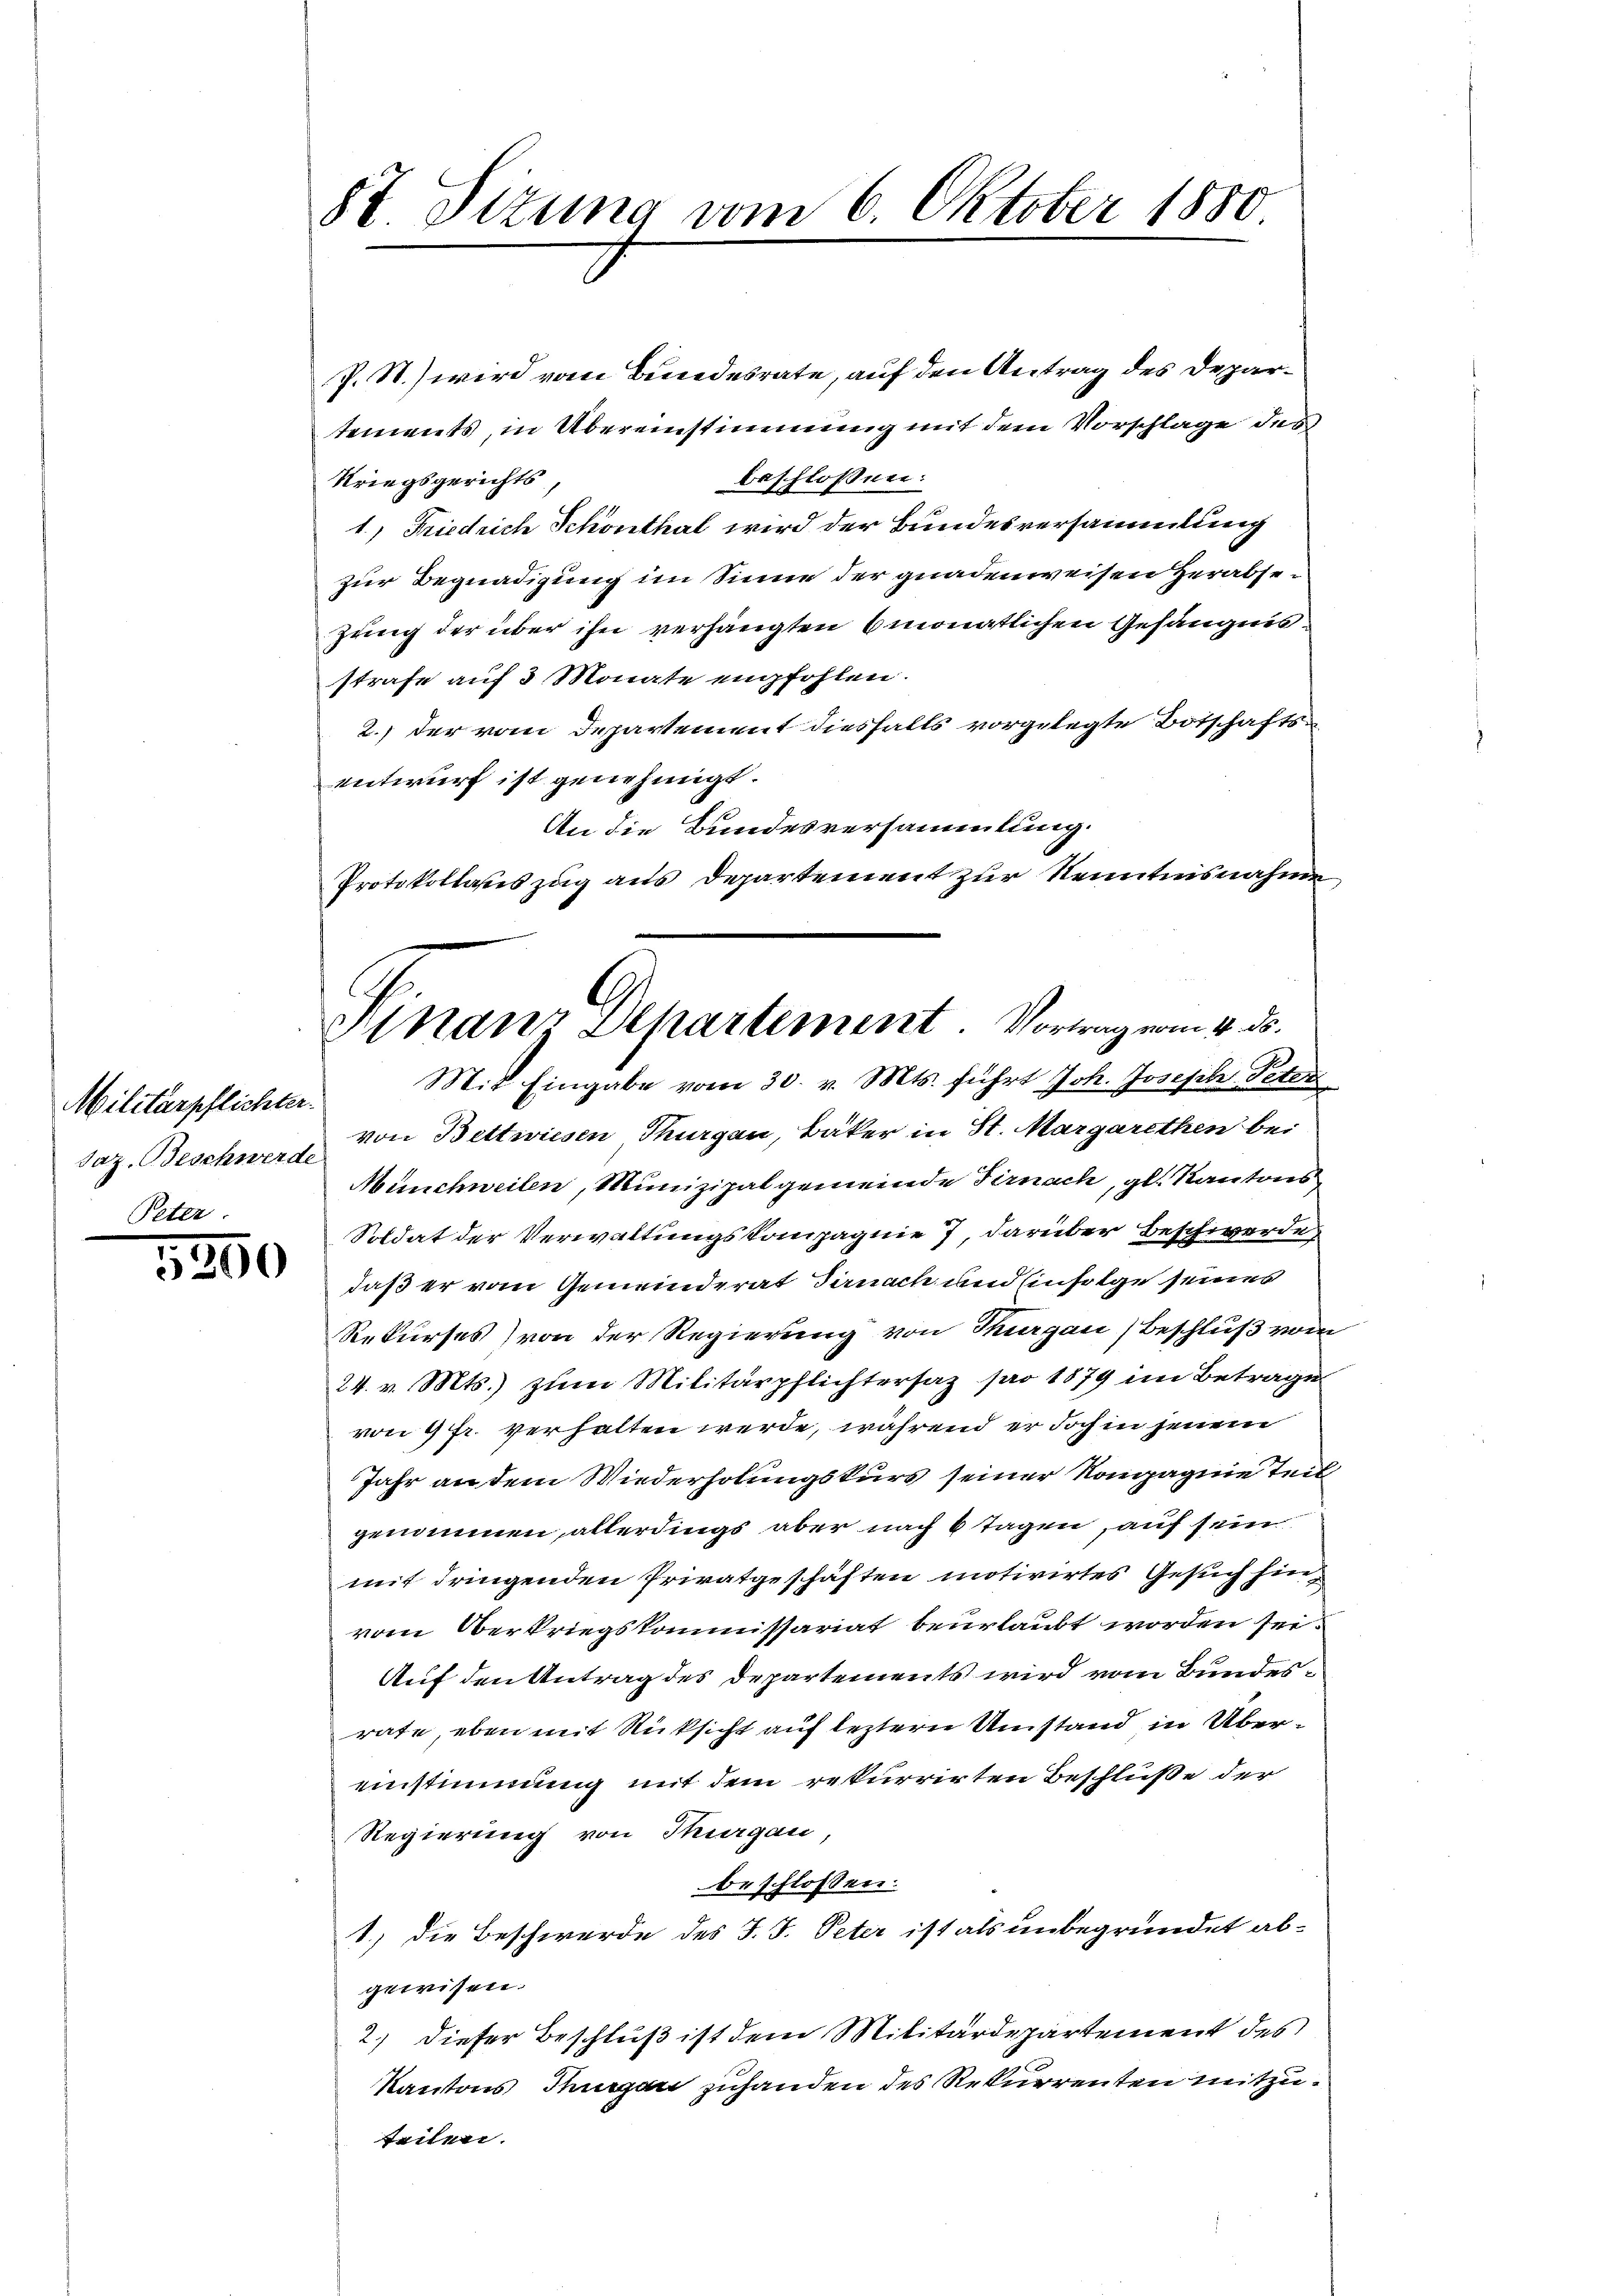
Militärpflichter.
Peter.

87 Sizung vom 6. Oktober 1850.

P. St.) wird vom Bundesrate, auf den Antrag des Departements, in Übereinstimmung mit dem Vorschlage des
beschlossen:
Kriegsgerichts
1, Friedrich Schönthal wird der Bundesversammlung
zur Begnadigung im Sinne der gnadenweisen Herabsezung der über ihn verhängten monatlichen Gefängnisstrafe auf 3 Monate empfohlen.
2.) der vom Departement diesfalls vorgelegte Botschaftsentwurf ist genehmigt.
An die Bundesversammlung.
Protokollauszug aus Departement zur Kenntnisnahme
Mit Eingabe vom 30. v. Mts. führt Joh. Joseph Peter
saz. Beschwerd von Bettwiesen Thurgau, Bäker in St. Margarethen bei
Münchweilen, Munizipalgemeinde Firnach, gl. Kantons
Soldat der Verwaltungskompagnie 7, darüber Beschwerde
 daß er vom Gemeinderat Sirnach und Einfolge seines
Rekurses) von der Regierung von Thurgau, Beschluß vom
24. v. Mts. zum Militärpflichtersaz pro 1879 im Betrage
von 4 fr. verhalten werde, während er doch in jenem
Jahr an dem Wiederholungskurs seiner Kompagnie Teil
genommen, allerdings aber nach 6 Tagen, auf sein
mit dringenden Privatgeschäften motivirtes Gesuch hinvom Verkriegskommissariat beurlaubt worden sei.
Auf den Antrag des Departements wird vom Bundesrate, eben mit Rücksicht auf leztere Umstand in Übereinstimmung mit dem rekurrirten Beschluße der
Regierung von Thurgau
beschlossen:
1) die Beschwerde des J. J. Peter ist als unbegründet abgewisen.
2.) Dieser Beschluß ist dem Militärdepartement des
Kantons Thurgau zuhanden des Rekurrenten mitzuteilen.

Finanz Departement. Vortrag vom 4. ds.